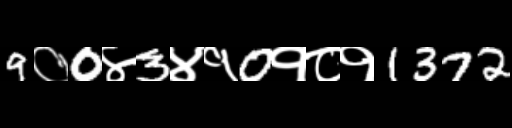
Text: 9०0४3४१0१८१1372